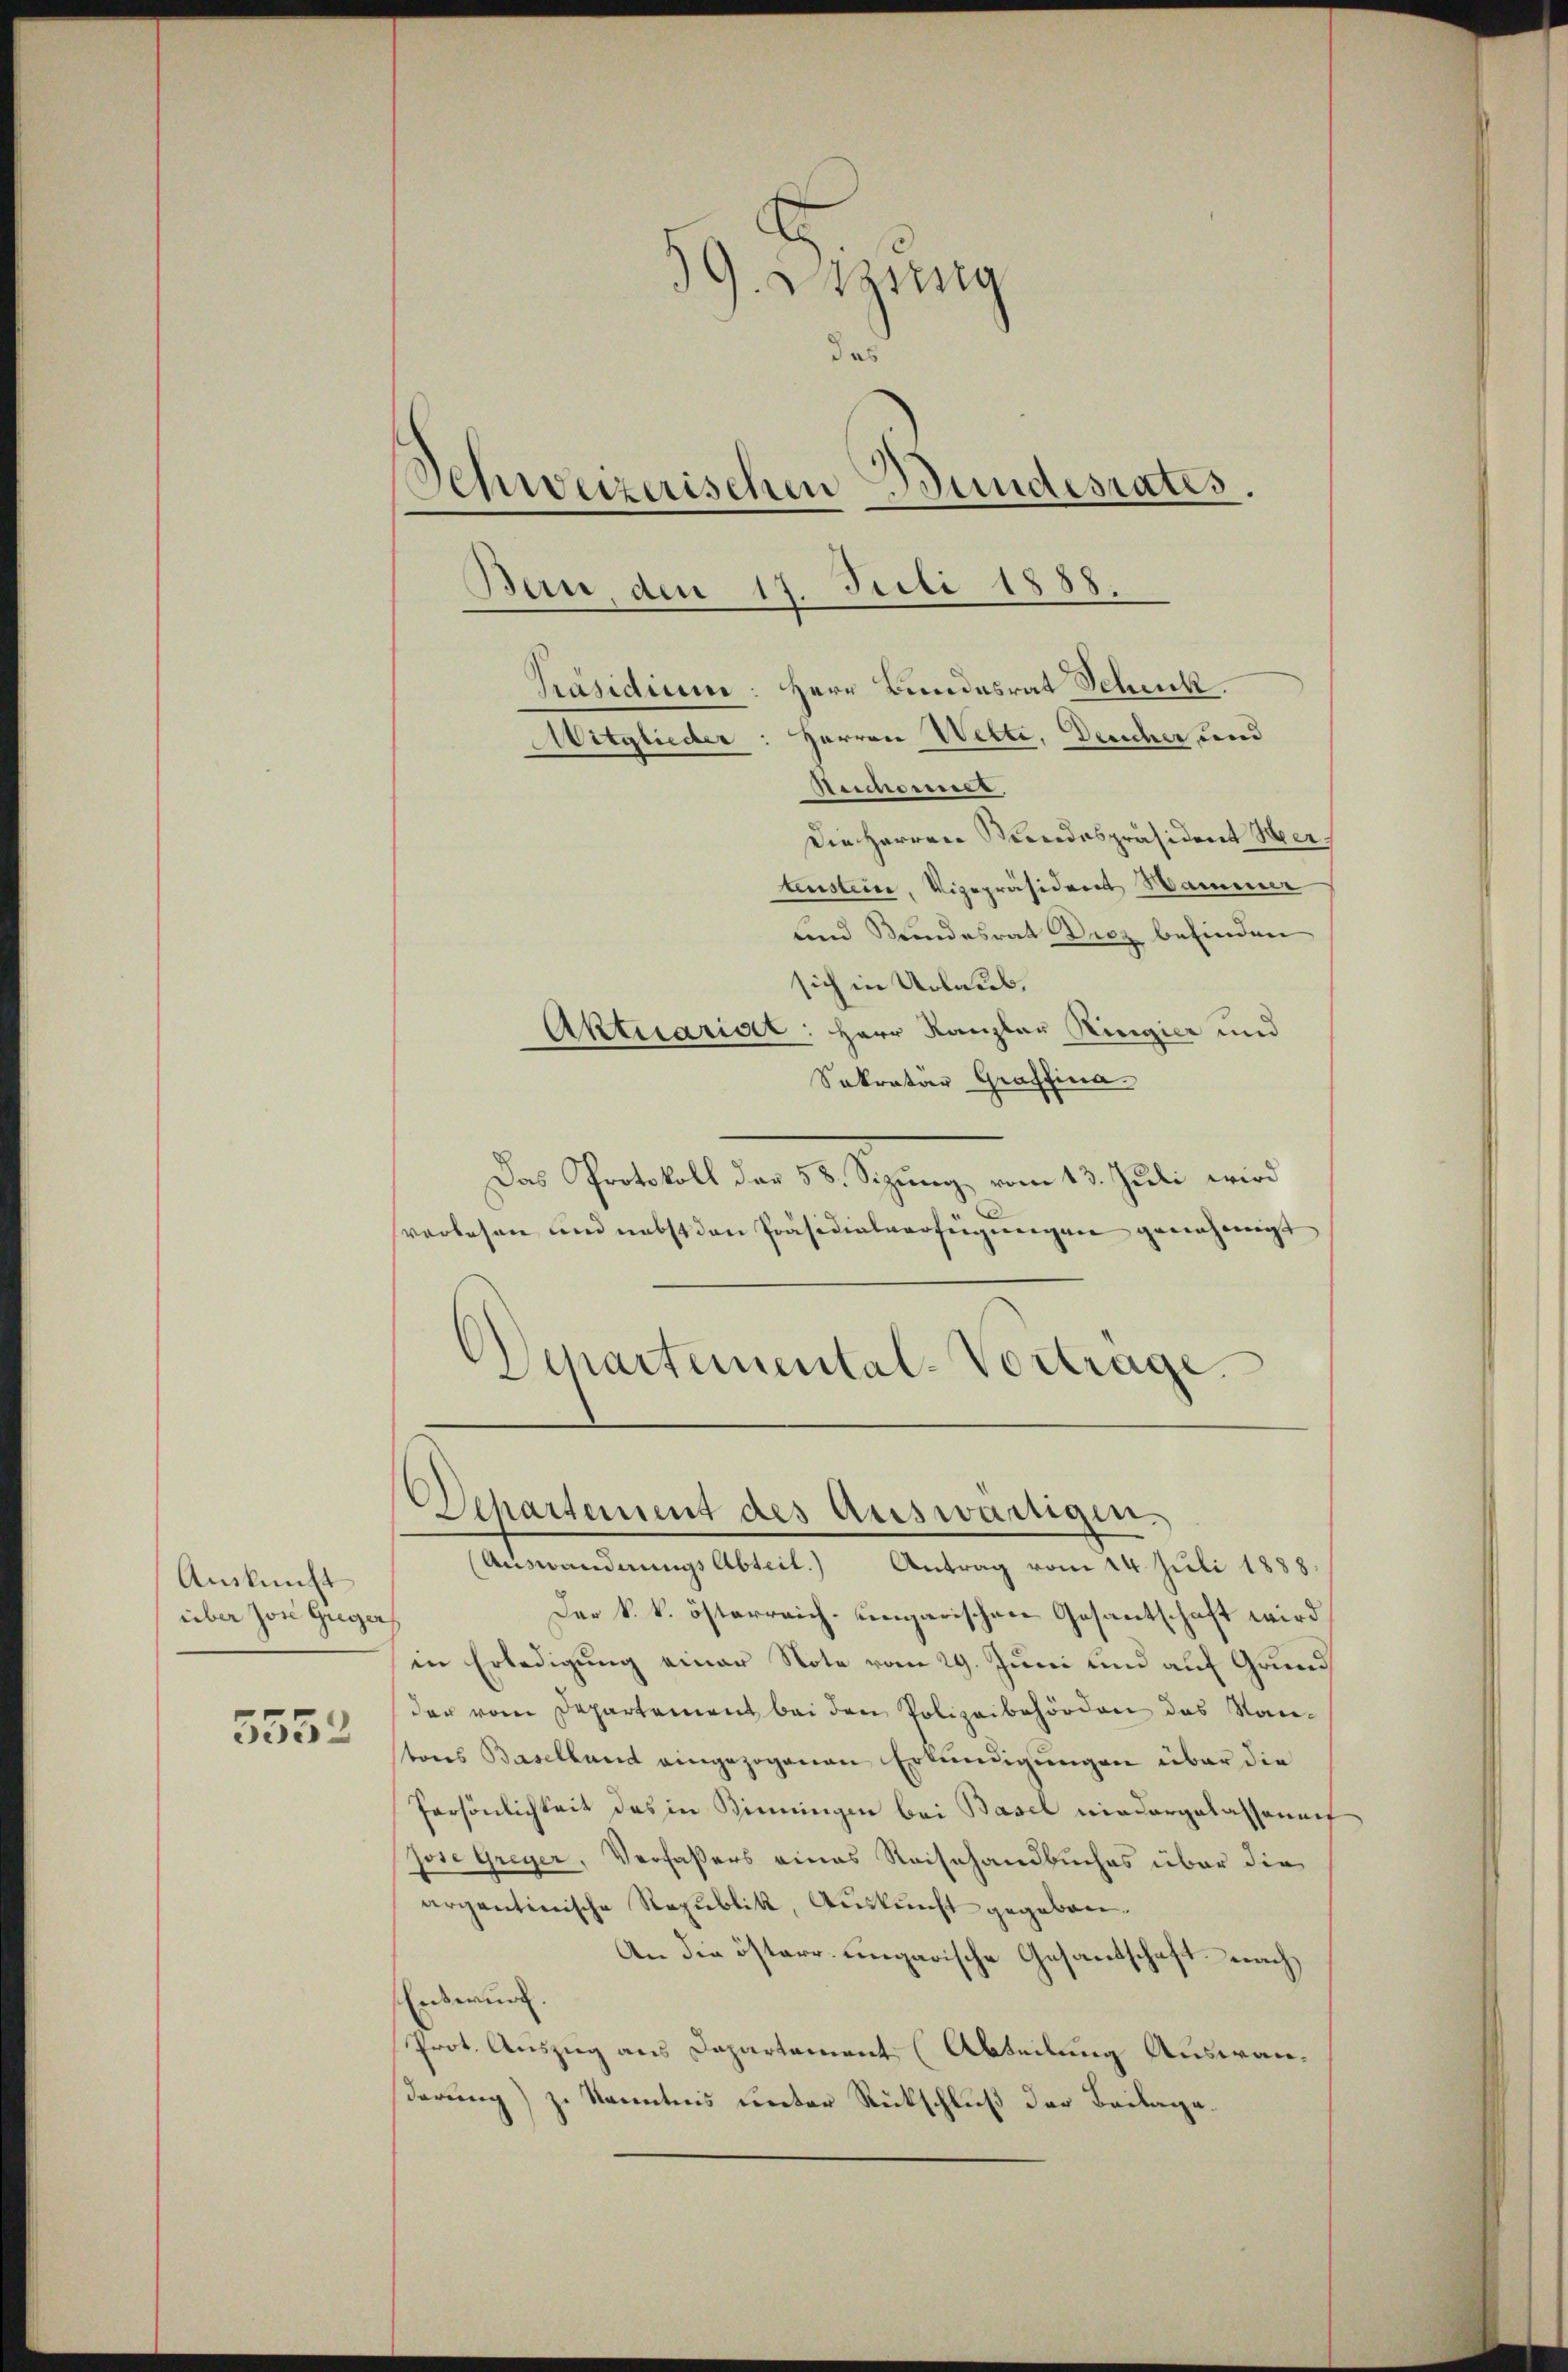
Auskunft
über Jose Guger

5552

39. Sitzung
das
)
Schweizerischen Bundesrates.
Bau, den 17. Juli 1858.
Präsidium: Herr Bundesrat Schenk
Mitglieder: Herren Wette, Deucher und
Reichsener.
Die Herren Kindespräsident Hertenstein, Vizepräsident Sammer
und Bundesrat Diez befinden
sich in Urlaub,
Aktuariat: Herr Kanzler Ringier und

Sekretär Graffina
Das Protokoll der 58. Sizung vom 13. Juli wird
vorlesen und nebst den Präsidialverfügungen genehmigt
Departemental-Vortrage

Departement des Auswärtigen.
(Auswanderungs Abteil.) Antrag vom 24. Juli 1888.

Der k. k. österreich-ungarischen Gesantschaft wird
in Erledigung einer Note vom 29. Juni und auf Grund
der vom Departement bei den Polizeibehörden das Nantons Baselland eingezogenen Erkundigungen über die
Persönlichkeit des in Sinngen bei Basel niedergelassenen
jose Greyer, Verfaßers eines Reisehandbuches über die
argentinische Republik, Auskunft gegeben.
An die österr. Eingarische Gesantschaft nach
Entwurf.
Prot. Auszug aus Departement (Abteilung Auswanderung) zu Kenntnis unter Rückschluß der Beilage.